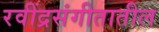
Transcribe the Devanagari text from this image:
रवींद्रसंगीतातील